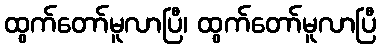
ထွက်တော်မူလာပြီ၊ ထွက်တော်မူလာပြီ